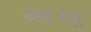
આકારૢ